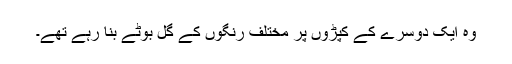
وہ ایک دوسرے کے کپڑوں پر مختلف رنگوں کے گل بوٹے بنا رہے تھے۔